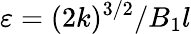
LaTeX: \varepsilon=(2k)^{3/2}/{B_{1}l}